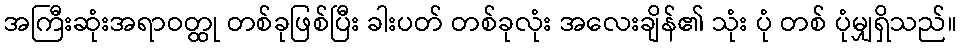
အကြီးဆုံးအရာဝတ္ထု တစ်ခုဖြစ်ပြီး ခါးပတ် တစ်ခုလုံး အလေးချိန်၏ သုံး ပုံ တစ် ပုံမျှရှိသည်။